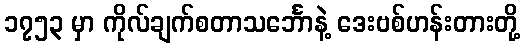
၁၇၅၃ မှာ ကိုလ်ချက်စတာသင်္ဘောနဲ့ ဒေးဗစ်ဟန်းတားတို့